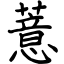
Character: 薏